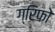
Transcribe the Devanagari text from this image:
ग्रिफो